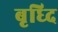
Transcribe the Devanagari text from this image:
बृध्दि